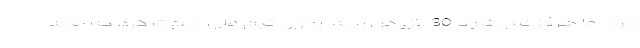
کرد اما هرگز نمی‌شود 30 بازیکن را به اردوی تیم ملی دعوت کرد که همه